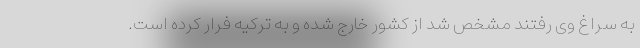
به سراغ وی رفتند مشخص شد از کشور خارج شده و به ترکیه فرار کرده است.